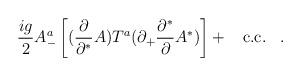
LaTeX: \begin{align*}\frac{ig}{2} A^a_- \left[(\frac{\partial}{\partial^*}A) T^a(\partial_+ \frac{\partial^*}{\partial}A^*) \right] + \;\;\; \mbox{c.c.}\;\;\;.\end{align*}